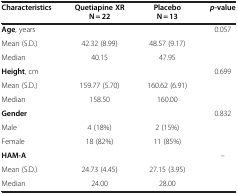
<table><thead><tr><td><b>Characteristics</b></td><td><b>Quetiapine XR N = 22</b></td><td><b>Placebo N = 13</b></td><td><b><i>p </i>-value</b></td></tr></thead><tbody><tr><td><b>Age</b>, years</td><td> </td><td> </td><td>0.057</td></tr><tr><td>Mean (S.D.)</td><td>42.32 (8.99)</td><td>48.57 (9.17)</td><td> </td></tr><tr><td>Median</td><td>40.15</td><td>47.95</td><td> </td></tr><tr><td><b>Height</b>, cm</td><td> </td><td> </td><td>0.699</td></tr><tr><td>Mean (S.D.)</td><td>159.77 (5.70)</td><td>160.62 (6.91)</td><td> </td></tr><tr><td>Median</td><td>158.50</td><td>160.00</td><td> </td></tr><tr><td><b>Gender</b></td><td> </td><td> </td><td>0.832</td></tr><tr><td>Male</td><td>4 (18%)</td><td>2 (15%)</td><td> </td></tr><tr><td>Female</td><td>18 (82%)</td><td>11 (85%)</td><td> </td></tr><tr><td><b>HAM-A</b></td><td> </td><td> </td><td>--</td></tr><tr><td>Mean (S.D.)</td><td>24.73 (4.45)</td><td>27.15 (3.95)</td><td> </td></tr><tr><td>Median</td><td>24.00</td><td>28.00</td><td> </td></tr></tbody></table>